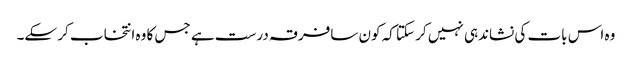
وہ اس بات کی نشاندہی نہیں کر سکتا کہ کون سافرقہ درست ہے جس کا وہ انتخاب کر سکے۔